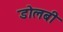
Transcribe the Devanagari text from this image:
डोलबी